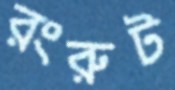
রংরুট